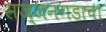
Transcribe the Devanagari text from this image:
सज्जनगडाचा